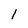
Character: 1